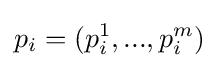
p_{i}=(p_{i}^{1},...,p_{i}^{m})